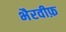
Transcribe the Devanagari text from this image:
भैरवीफ़